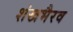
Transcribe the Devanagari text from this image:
शंखभैरव